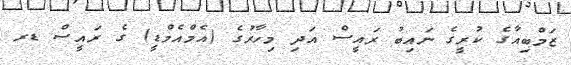
ޒަމްބިއާގެ ކުރީގެ ނައިބު ރައީސް އަދި މިހާރުގެ (އެމްެްެއެމްޑީ) ގެ ރައީސް ޑރ